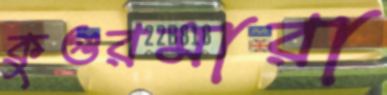
কুগুরমারা